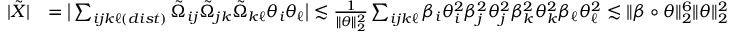
\begin{array} { r l } { | \tilde { X } | } & { = \big | \sum _ { i j k \ell ( d i s t ) } \tilde { \Omega } _ { i j } \tilde { \Omega } _ { j k } \tilde { \Omega } _ { k \ell } \theta _ { i } \theta _ { \ell } \big | \lesssim \frac { 1 } { \| \theta \| _ { 2 } ^ { 2 } } \sum _ { i j k \ell } \beta _ { i } \theta _ { i } ^ { 2 } \beta _ { j } ^ { 2 } \theta _ { j } ^ { 2 } \beta _ { k } ^ { 2 } \theta _ { k } ^ { 2 } \beta _ { \ell } \theta _ { \ell } ^ { 2 } \lesssim \| \beta \circ \theta \| _ { 2 } ^ { 6 } \| \theta \| _ { 2 } ^ { 2 } } \end{array}